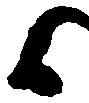
候